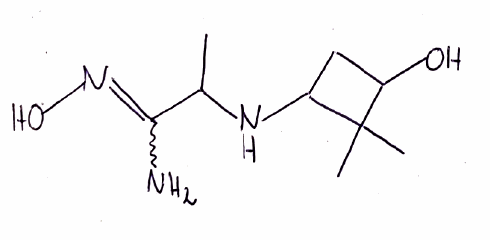
Simplified molecular-input line-entry system (SMILES) notation of the given molecule:
CC(C(=NO)N)NC1CC(C1(C)C)O